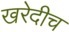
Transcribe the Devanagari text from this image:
खरेदीच